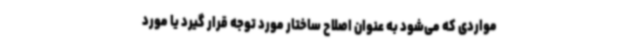
مواردی که می‌شود به عنوان اصلاح ساختار مورد توجه قرار گیرد یا مورد